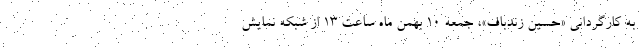
به کارگردانی «حسین زندباف»، جمعه ۱۰ بهمن ماه ساعت ۱۳ از شبکه نمایش